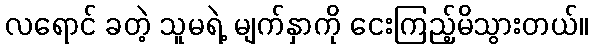
လရောင် ခတဲ့ သူမရဲ့ မျက်နှာကို ငေးကြည့်မိသွားတယ်။